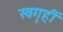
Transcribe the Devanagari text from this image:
स्वगृहीं